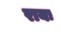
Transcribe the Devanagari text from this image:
रायः